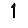
Digit: 1